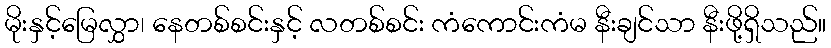
မိုးနှင့်မြေလွှာ၊ နေတစ်စင်းနှင့် လတစ်စင်း ကံကောင်းကံမ နီးချင်သာ နီးဖို့ရှိသည်။